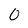
Character: O